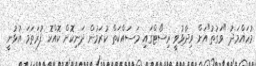
މުހައްމަދު "ވަގުތު"އަށް ވިދާޅުވީ ރިސޯޓްގައި މަސައްކަތް ކުރަމުން ދަނިކޮށް ކޮއްކޮ ފުރަތަމަ އުޅުނީ